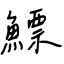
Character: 鰾